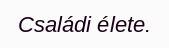
Családi élete.